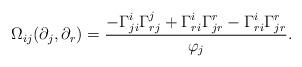
LaTeX: \begin{align*} \Omega_{ij}(\partial_j,\partial_r)=\frac{-\Gamma_{ji}^i\Gamma_{rj}^j+\Gamma_{ri}^i\Gamma_{jr}^r-\Gamma_{ri}^i\Gamma_{jr}^r}{\varphi_j}. \end{align*}